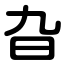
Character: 旮